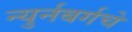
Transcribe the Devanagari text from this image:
न्युर्नबर्गचे